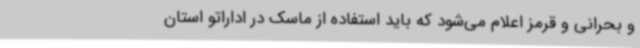
و بحرانی و قرمز اعلام می‌شود که باید استفاده از ماسک در اداراتو استان